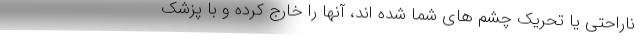
ناراحتی یا تحریک چشم های شما شده اند، آنها را خارج کرده و با پزشک